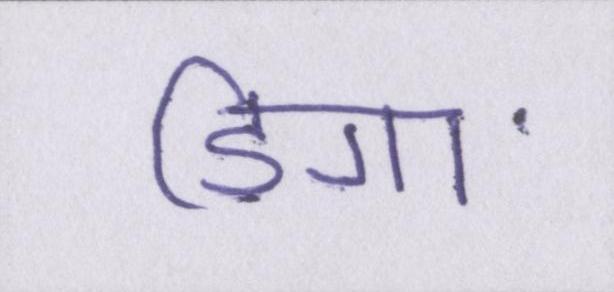
डिगा